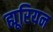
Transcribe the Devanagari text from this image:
ह्यूरियन